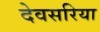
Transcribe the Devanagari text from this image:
देवसरिया